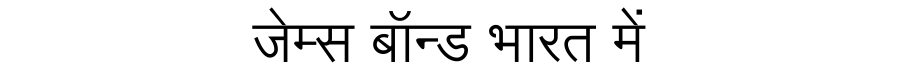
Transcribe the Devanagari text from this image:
जेम्स बॉन्ड भारत में